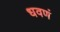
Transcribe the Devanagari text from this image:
धवणं